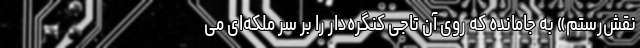
نقش‌رستم» به جامانده که روی آن تاجی کنگره‌دار را بر سر ملکه‌ای می